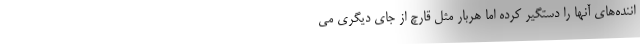
اننده‌های آنها را دستگیر کرده اما هربار مثل قارچ از جای دیگری می‌